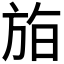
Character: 𣃧